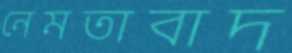
নেমতাবাদ